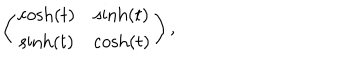
\left( \begin{array} { c c } { { \cosh ( t ) } } & { { \sinh ( t ) } } \\ { { \sinh ( t ) } } & { { \cosh ( t ) } } \\ \end{array} \right) ,